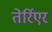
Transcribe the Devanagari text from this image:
तेर्रिएर